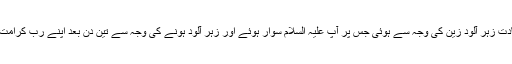
آپ علیہ السلام کی شہادت زہر آلود زین کی وجہ سے ہوئی جس پر آپ علیہ السلام سوار ہوئے اور زہر آلود ہونے کی وجہ سے تین دن بعد اپنے رب کرامت کی طرف لوٹ گئے ۔